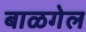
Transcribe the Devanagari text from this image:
बाळगेल